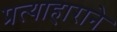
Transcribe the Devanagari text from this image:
प्रत्याहाराने